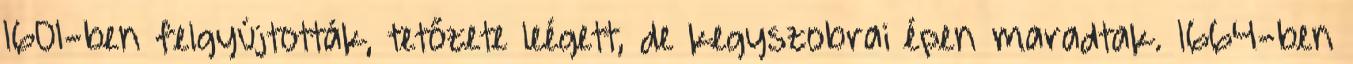
1601-ben felgyújtották, tetőzete leégett, de kegyszobrai épen maradtak. 1664-ben